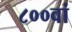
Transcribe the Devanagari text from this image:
८००वां